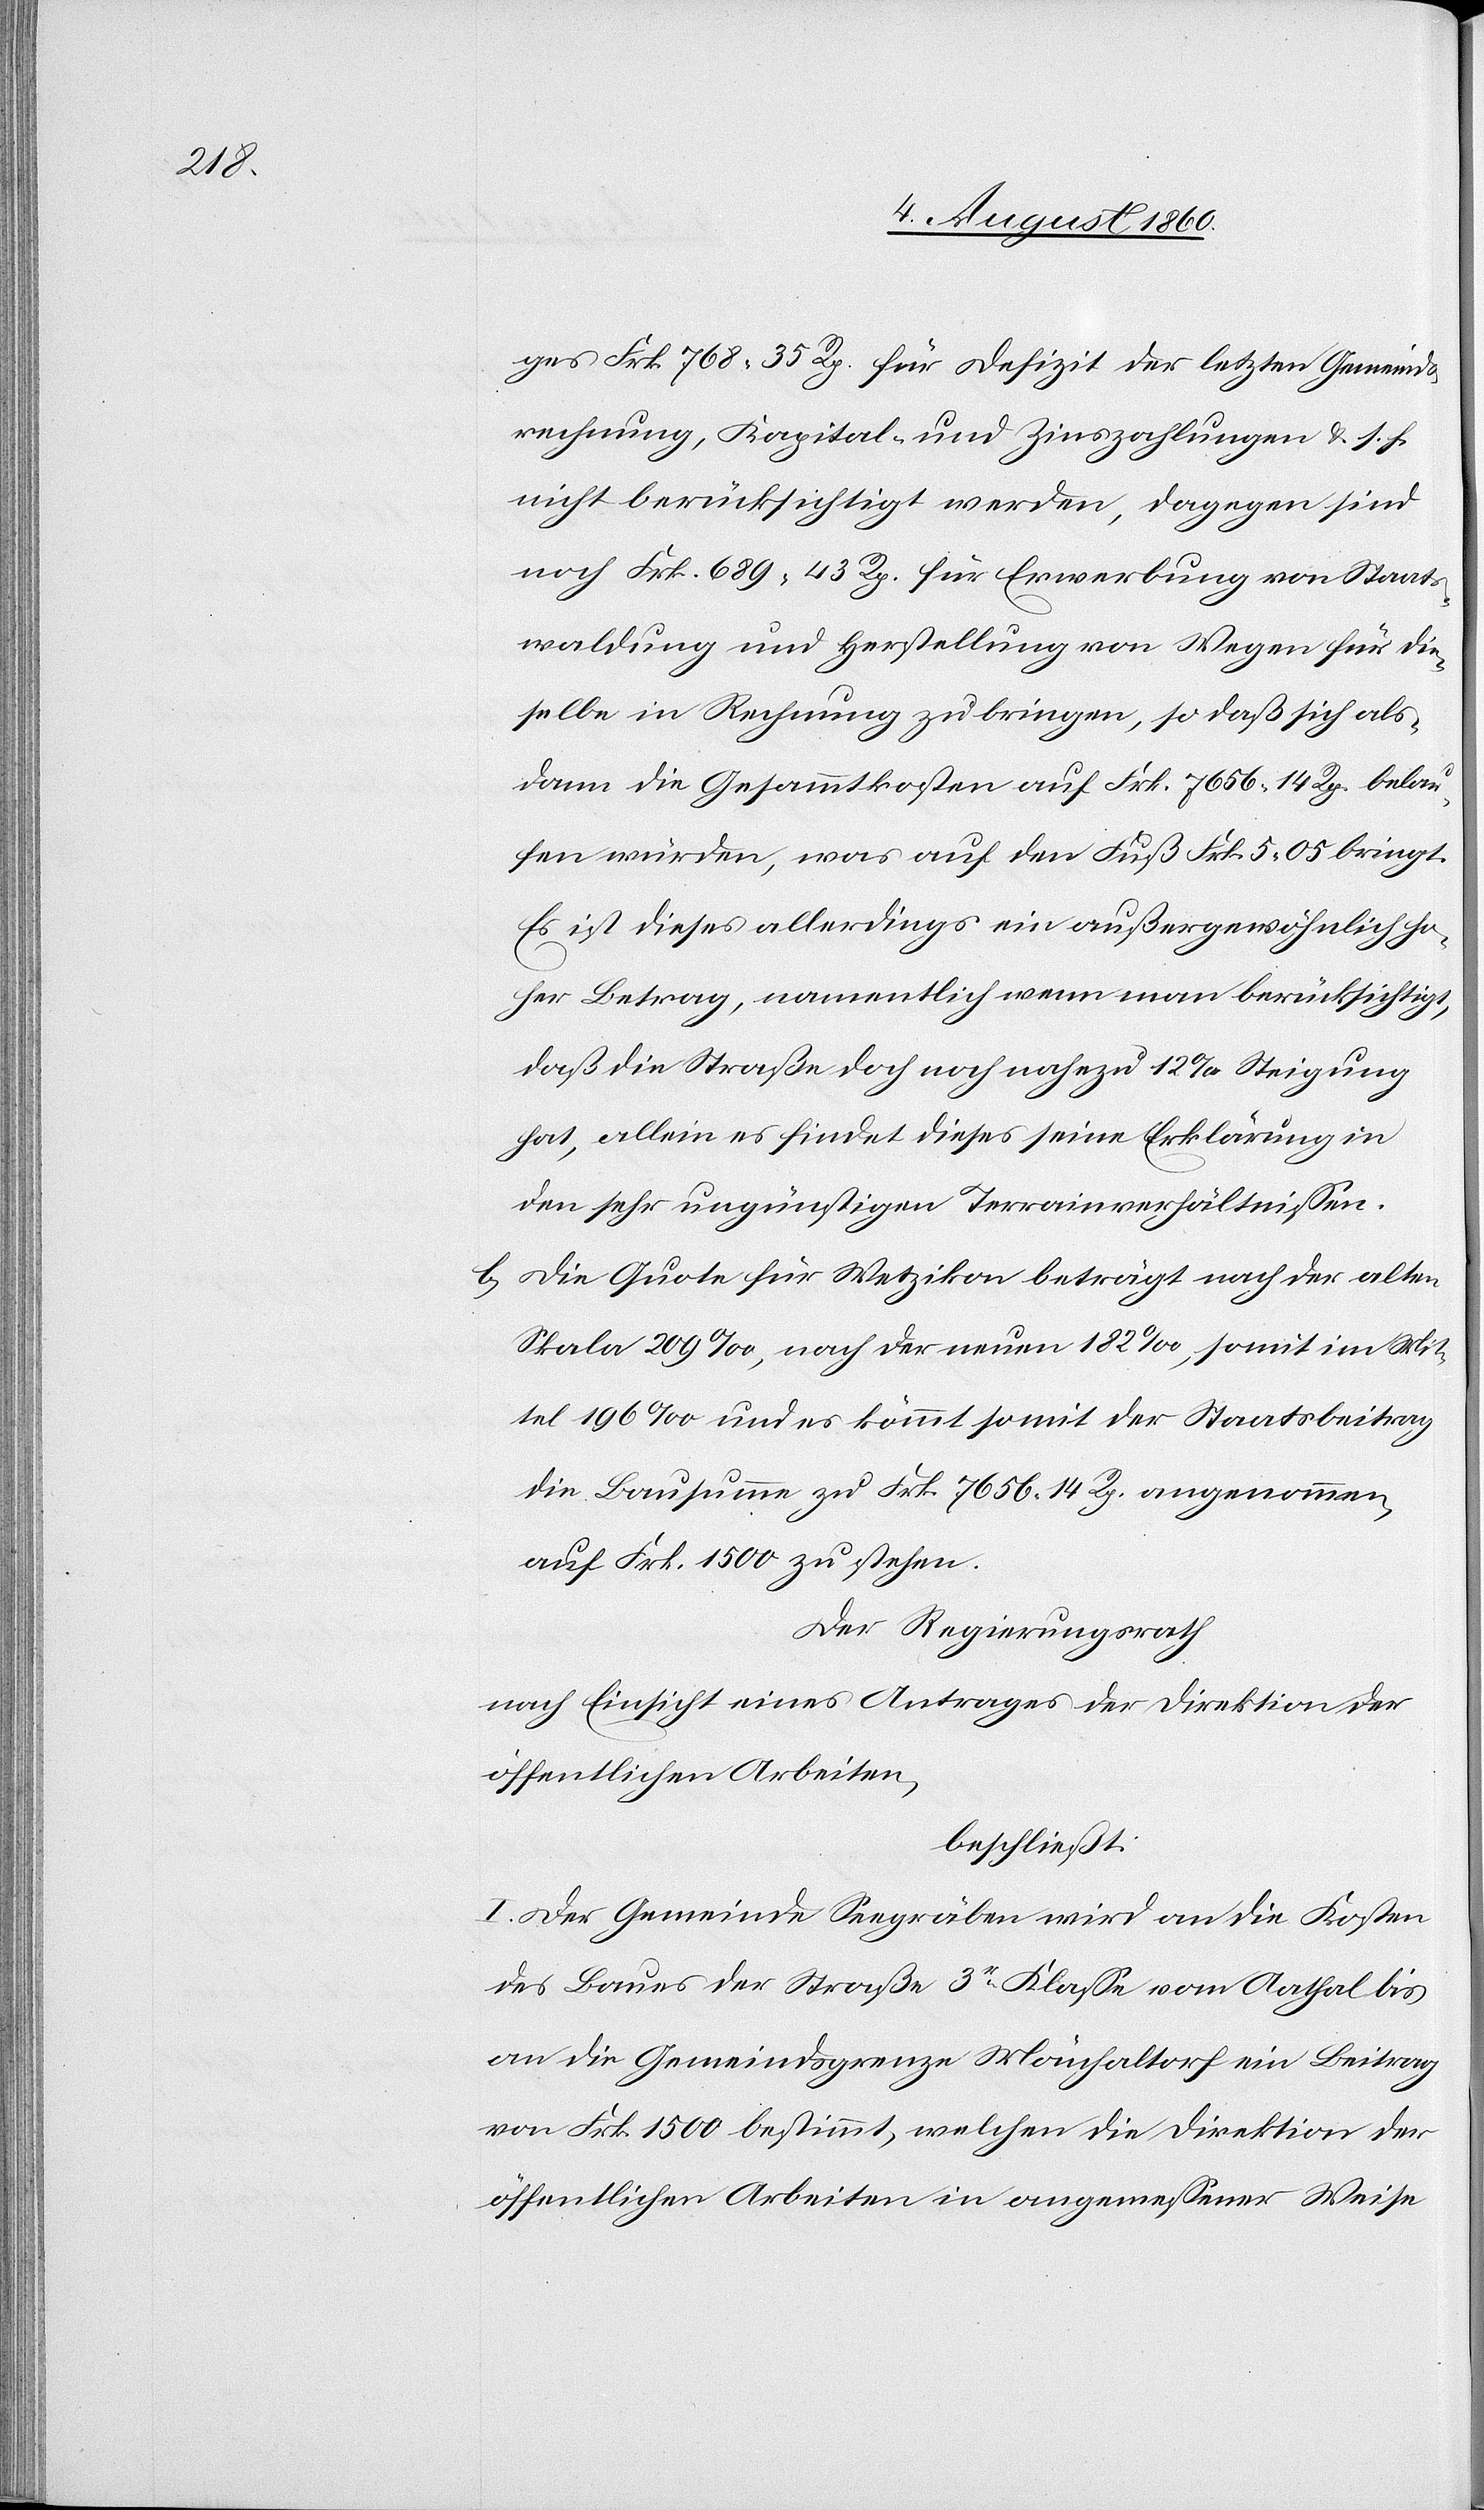
tra¬

ges fcs. 768 35 Rp. für Defizit der letzten Gemeinds¬
rechnung, Kapital- und Zinszahlungen u. s. f.
nicht berücksichtigt werden, dagegen sind
noch Frk. 689 43C für Erwerbung von Staats¬
waldung und Herstellung von Wegen für die¬
selbe in Rechnung zu bringen, so dass sich abb¬
dann [sic!] die Gesammtkosten auf Frk. 7656. 14 Rp. belau¬
fen würden, was auf den Fuß Frk. 5. 05 bringt.
Es ist dieses allerdings ein aussergewöhnlich ho¬
her Betrag, namentlich wenn man berücksichtigt,
dass die Strasse doch noch nahezu 12% Steigung
hat, allein es findet dieses seine Erklärung in
den sehr ungünstigen Terrainverhältnisse.
b. Die Quote für Wetzikon beträgt nach der alten
Skala 209‰, nach der neuen 182‰, somit im Mit¬
tel 196‰ und es kömmt somit der Staatsbeitrag,
die Bausumme zu Frk. 7656. 14 Rp. angenommen,
auf Frk. 1500 zu stehen.
Der Regierungsrath,
nach Einsicht eines Antrages der Direktion der
öffentlichen Arbeiten,
beschliesst:
I. Der Gemeinde Seegräben wird an die Kosten
des Baues der Straße 3tr Klasse vom Aathal bis
an die Gemeindsgrenze Mönchaltorf ein Beitrag
von Frk. 1500 bestimmt, welchen die Direktion der
öffentlichen Arbeiten in angemessener Weise